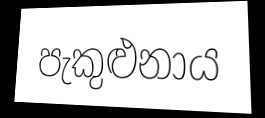
පැකුළුනාය